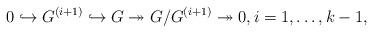
LaTeX: \begin{align*} 0 \hookrightarrow G^{(i+1)} \hookrightarrow G \twoheadrightarrow G/G^ {(i+1)}\twoheadrightarrow 0, i=1,\dots,k-1,\end{align*}